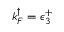
k _ { F } ^ { \mathord { \uparrow } } = \epsilon _ { 3 } ^ { + }